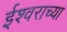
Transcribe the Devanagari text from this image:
ईश्‍वराच्या